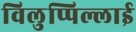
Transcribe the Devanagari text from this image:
विलुप्पिल्लाई